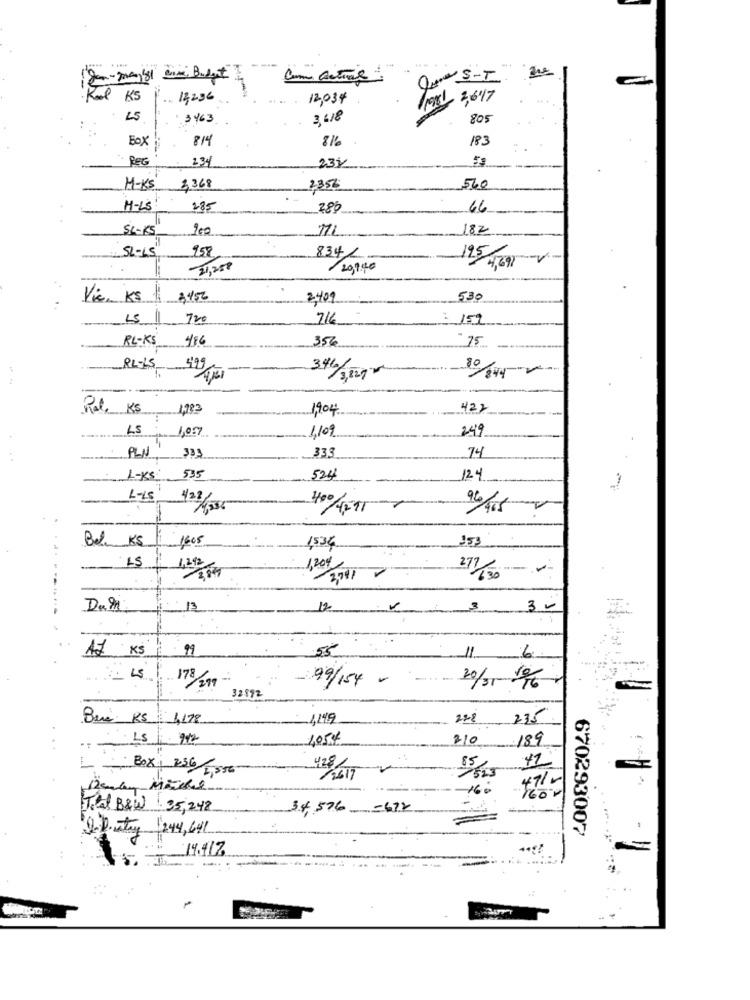
Com Actual
Que SIT
C
-
Rol
KS
14296
12,034
Proxy 2,617
LS
3463
3.618
805
Box
814
81
183
- REG
234
234
M-KS
3,368
2356
560
H-LS
285
28
46
SL-KS
200
182
SL-15
958
834
31, 25#
20,9,40
Vie, Ks
2452
2,409
530
25.11
720
716
151
RL-KS
486
356
75
3461
RL-15
3,8272
Ral, KS
1983
1904
422
LS
1,007
1,109
249
......
333
74
PLN, 333
L-KS
535
524
12-
L-LS
Be KS
1605
353
15:34
LS
1,20€
13
12
3
11 KS
99
55
11
6
178
99/154 -
32592
Bei RS 1,178
1,149
278 235
LS 912
4054
210
189
BOX 1 23G/1,356
Total B&W 35,248
34,576
-672
Q.D. stry 244, 641
670293007
14.41%
-..